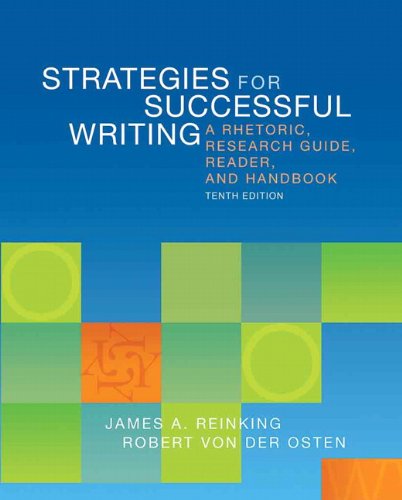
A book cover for Strategies for Successful Writing: A Rhetoric, Research Guide, Reader, and Handbook (10th Edition); James A. Reinking; Reference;